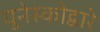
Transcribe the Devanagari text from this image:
युनेस्कोद्वारे